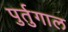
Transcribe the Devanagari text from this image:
पुर्तुगाल